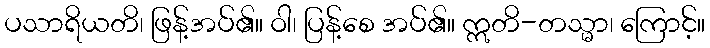
ပသာရိယတိ၊ ဖြန့်အပ်၏။ ဝါ၊ ပြန့်စေ အပ်၏။ ဣတိ-တသ္မာ၊ ကြောင့်။